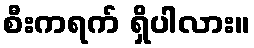
စီးကရက် ရှိပါလား။